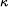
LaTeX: \scriptscriptstyle\kappa